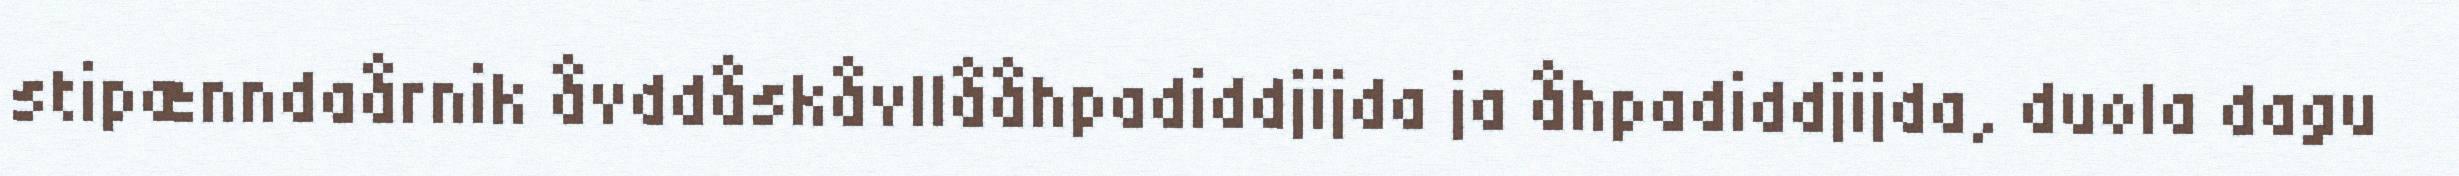
stipænndaårnik åvddåskåvllååhpadiddjijda ja åhpadiddjijda, duola dagu